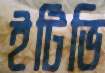
ইটিভি